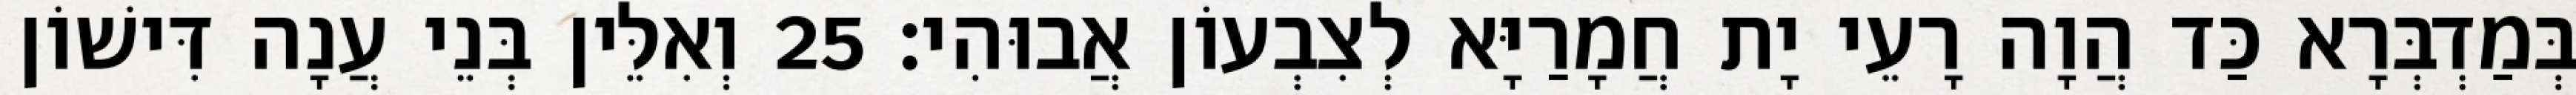
בְּמַדְבְּרָא כַּד הֲוָה רָעֵי יָת חֲמָרַיָּא לְצִבְעוֹן אֲבוּהִי׃ 25 וְאִלֵּין בְּנֵי עֲנָה דִּישׁוֹן